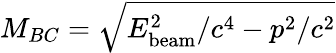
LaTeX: M_{BC}=\sqrt{E_{\mathrm{beam}}^{2}/c^{4}-p^{2}/c^{2}}